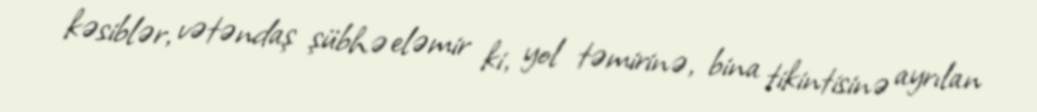
kəsiblər, vətəndaş şübhə eləmir ki, yol təmirinə, bina tikintisinə ayrılan